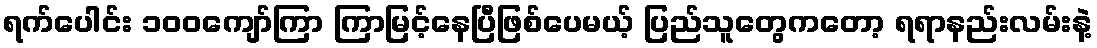
ရက်ပေါင်း ၁၀၀ကျော်ကြာ ကြာမြင့်နေပြီဖြစ်ပေမယ့် ပြည်သူတွေကတော့ ရရာနည်းလမ်းနဲ့